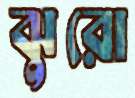
ঝুরো